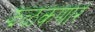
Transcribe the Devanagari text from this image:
झळकणार